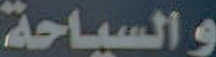
والسياحة